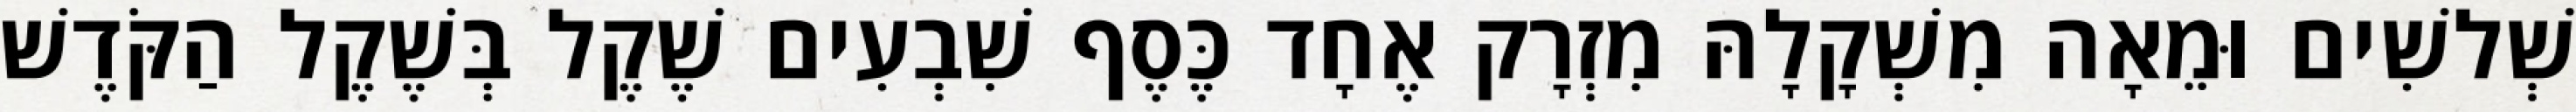
שְׁלשִׁים וּמֵאָה מִשְׁקָלָהּ מִזְרָק אֶחָד כֶּסֶף שִׁבְעִים שֶׁקֶל בְּשֶׁקֶל הַקֹּדֶשׁ